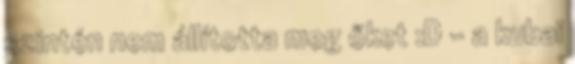
szintén nem állította meg őket :D – a kubai